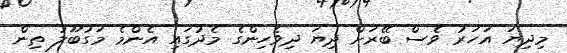
މިދިޔަ އަހަރު ވެސް ބޭރަށް ދިޔަ ދިވެހިންގެ މެދުގައި އެންމެ މަގުބޫލު ތިން